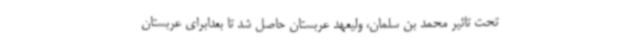
تحت تاثیر محمد بن سلمان، ولیعهد عربستان حاصل شد تا بعدابرای عربستان